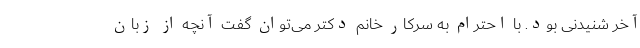
آخر شنیدنی بود. با احترام به سرکار خانم دکتر می‌توان گفت آنچه از زبان